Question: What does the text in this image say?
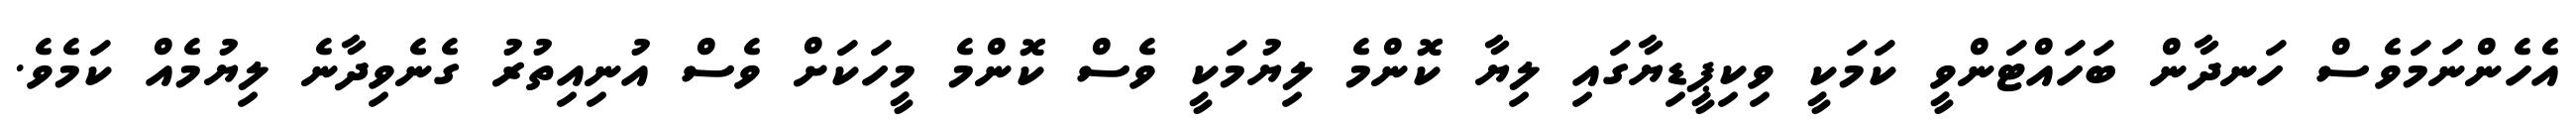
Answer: އެހެންނަމަވެސް ހަނދާން ބަހައްޓަންވީ ކަމަކީ ވިކިޕީޑިޔާގައި ލިޔާ ކޮންމެ ލިޔުމަކީ ވެސް ކޮންމެ މީހަކަށް ވެސް އުނިއިތުރު ގެނެވިދާނެ ލިޔުމެއް ކަމެވެ.